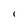
Character: i